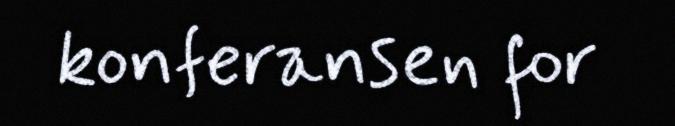
konferansen for